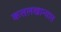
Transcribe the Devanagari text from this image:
कत्तलखान्यात